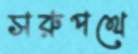
সরুপথে